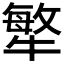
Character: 𤛎